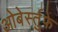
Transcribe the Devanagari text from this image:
ओबेर्स्तुफे